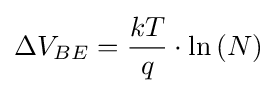
\Delta V_{BE}={\frac {kT}{q}}\cdot \ln \left(N\right)